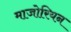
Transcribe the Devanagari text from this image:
माजोरियन